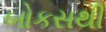
બોકસથી